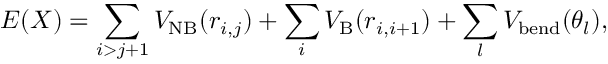
E ( \boldsymbol { X } ) = \sum _ { i > j + 1 } V _ { \mathrm { N B } } ( r _ { i , j } ) + \sum _ { i } V _ { \mathrm { B } } ( r _ { i , i + 1 } ) + \sum _ { l } V _ { \mathrm { b e n d } } ( \theta _ { l } ) ,